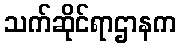
သက်ဆိုင်ရာဌာနက